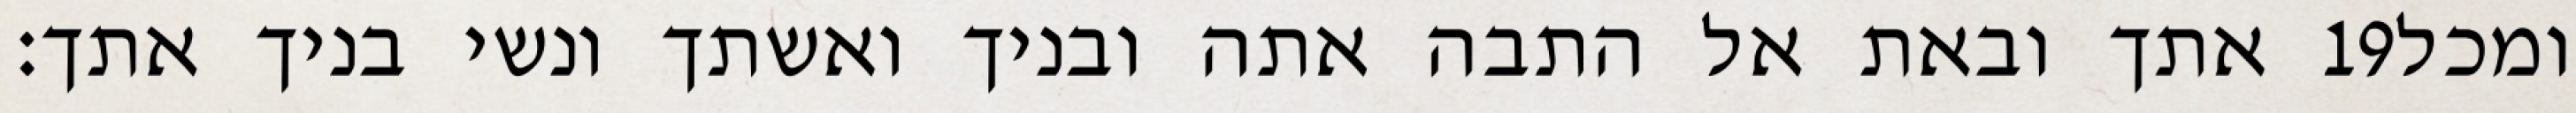
אתך ובאת אל התבה אתה ובניך ואשתך ונשי בניך אתך׃ ‎19‏ ומכל